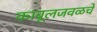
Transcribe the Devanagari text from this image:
काबूलजवळचे